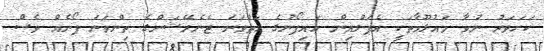
ކަށަވަރު ނުވާ މައުލޫމާތަކީ އެޕަލްއިން އައިފޯނުގެ ހަތްވަނަ ޖެނެރޭޝަންގެ ތިންވަނަ ފޯނެއް ވެސް